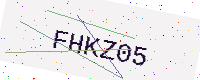
Text: FHKZ05